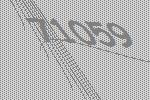
71059